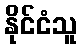
နိုင်ငံသူ